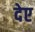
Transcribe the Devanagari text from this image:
देए